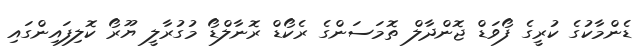
ޑެންމާކުގެ ކުރީގެ ފޯވަޑް ޖޮންދާލް ތޮމަސަންގެ ރެކޯޑް ރޮނާލްޑޯ މުގުރާލީ ޔޫރޯ ކޮލިފައިންގައި